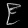
Digit: ၉